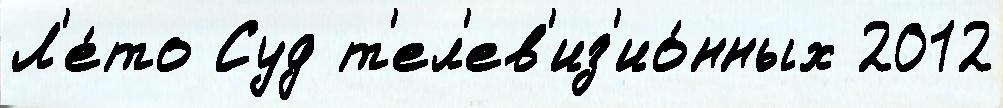
Л'е́то Суд т'ел'ев'из'ио́нных 2012